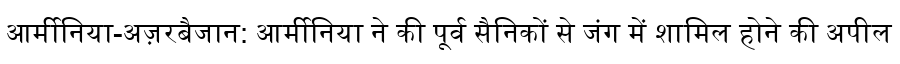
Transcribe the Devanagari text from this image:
आर्मीनिया-अज़रबैजान: आर्मीनिया ने की पूर्व सैनिकों से जंग में शामिल होने की अपील